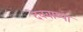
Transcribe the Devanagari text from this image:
देवबाप्पा